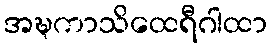
အဍ္ဎကာသိထေရီဂါထာ